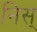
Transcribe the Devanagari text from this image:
निस्‌